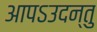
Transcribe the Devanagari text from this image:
आपऽउदन्तु